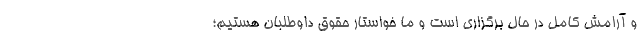
و آرامش کامل در حال برگزاری است و ما خواستار حقوق داوطلبان هستیم؛